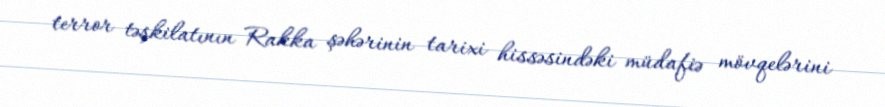
terror təşkilatının Rakka şəhərinin tarixi hissəsindəki müdafiə mövqelərini